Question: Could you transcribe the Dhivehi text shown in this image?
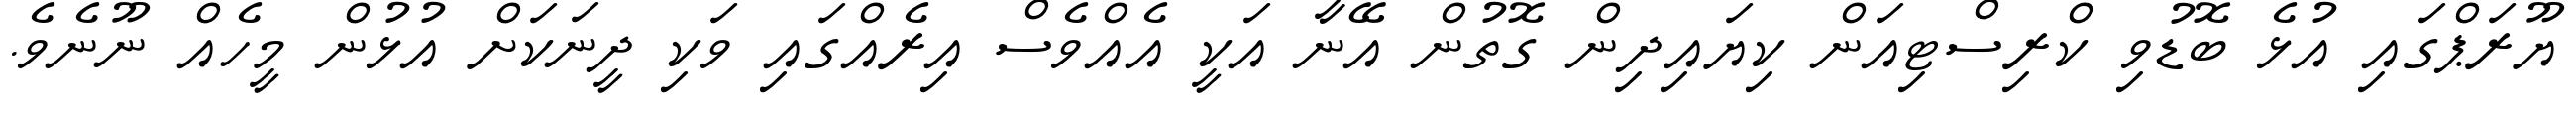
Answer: ޔޫރަޕްގައި އުޅެ ބޮޑުވި ކްރިސްޓިއަން ކިޔައިދިން ގޮތުން އޭނާ އަކީ އެއްވެސް އިރެއްގައި ވަކި ދީނަކަށް އުޅުން މީހެއް ނޫނެވެ.